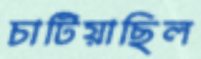
চাটিয়াছিল